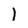
Character: 1